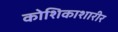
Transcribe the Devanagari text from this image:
कोशिकाशारीर